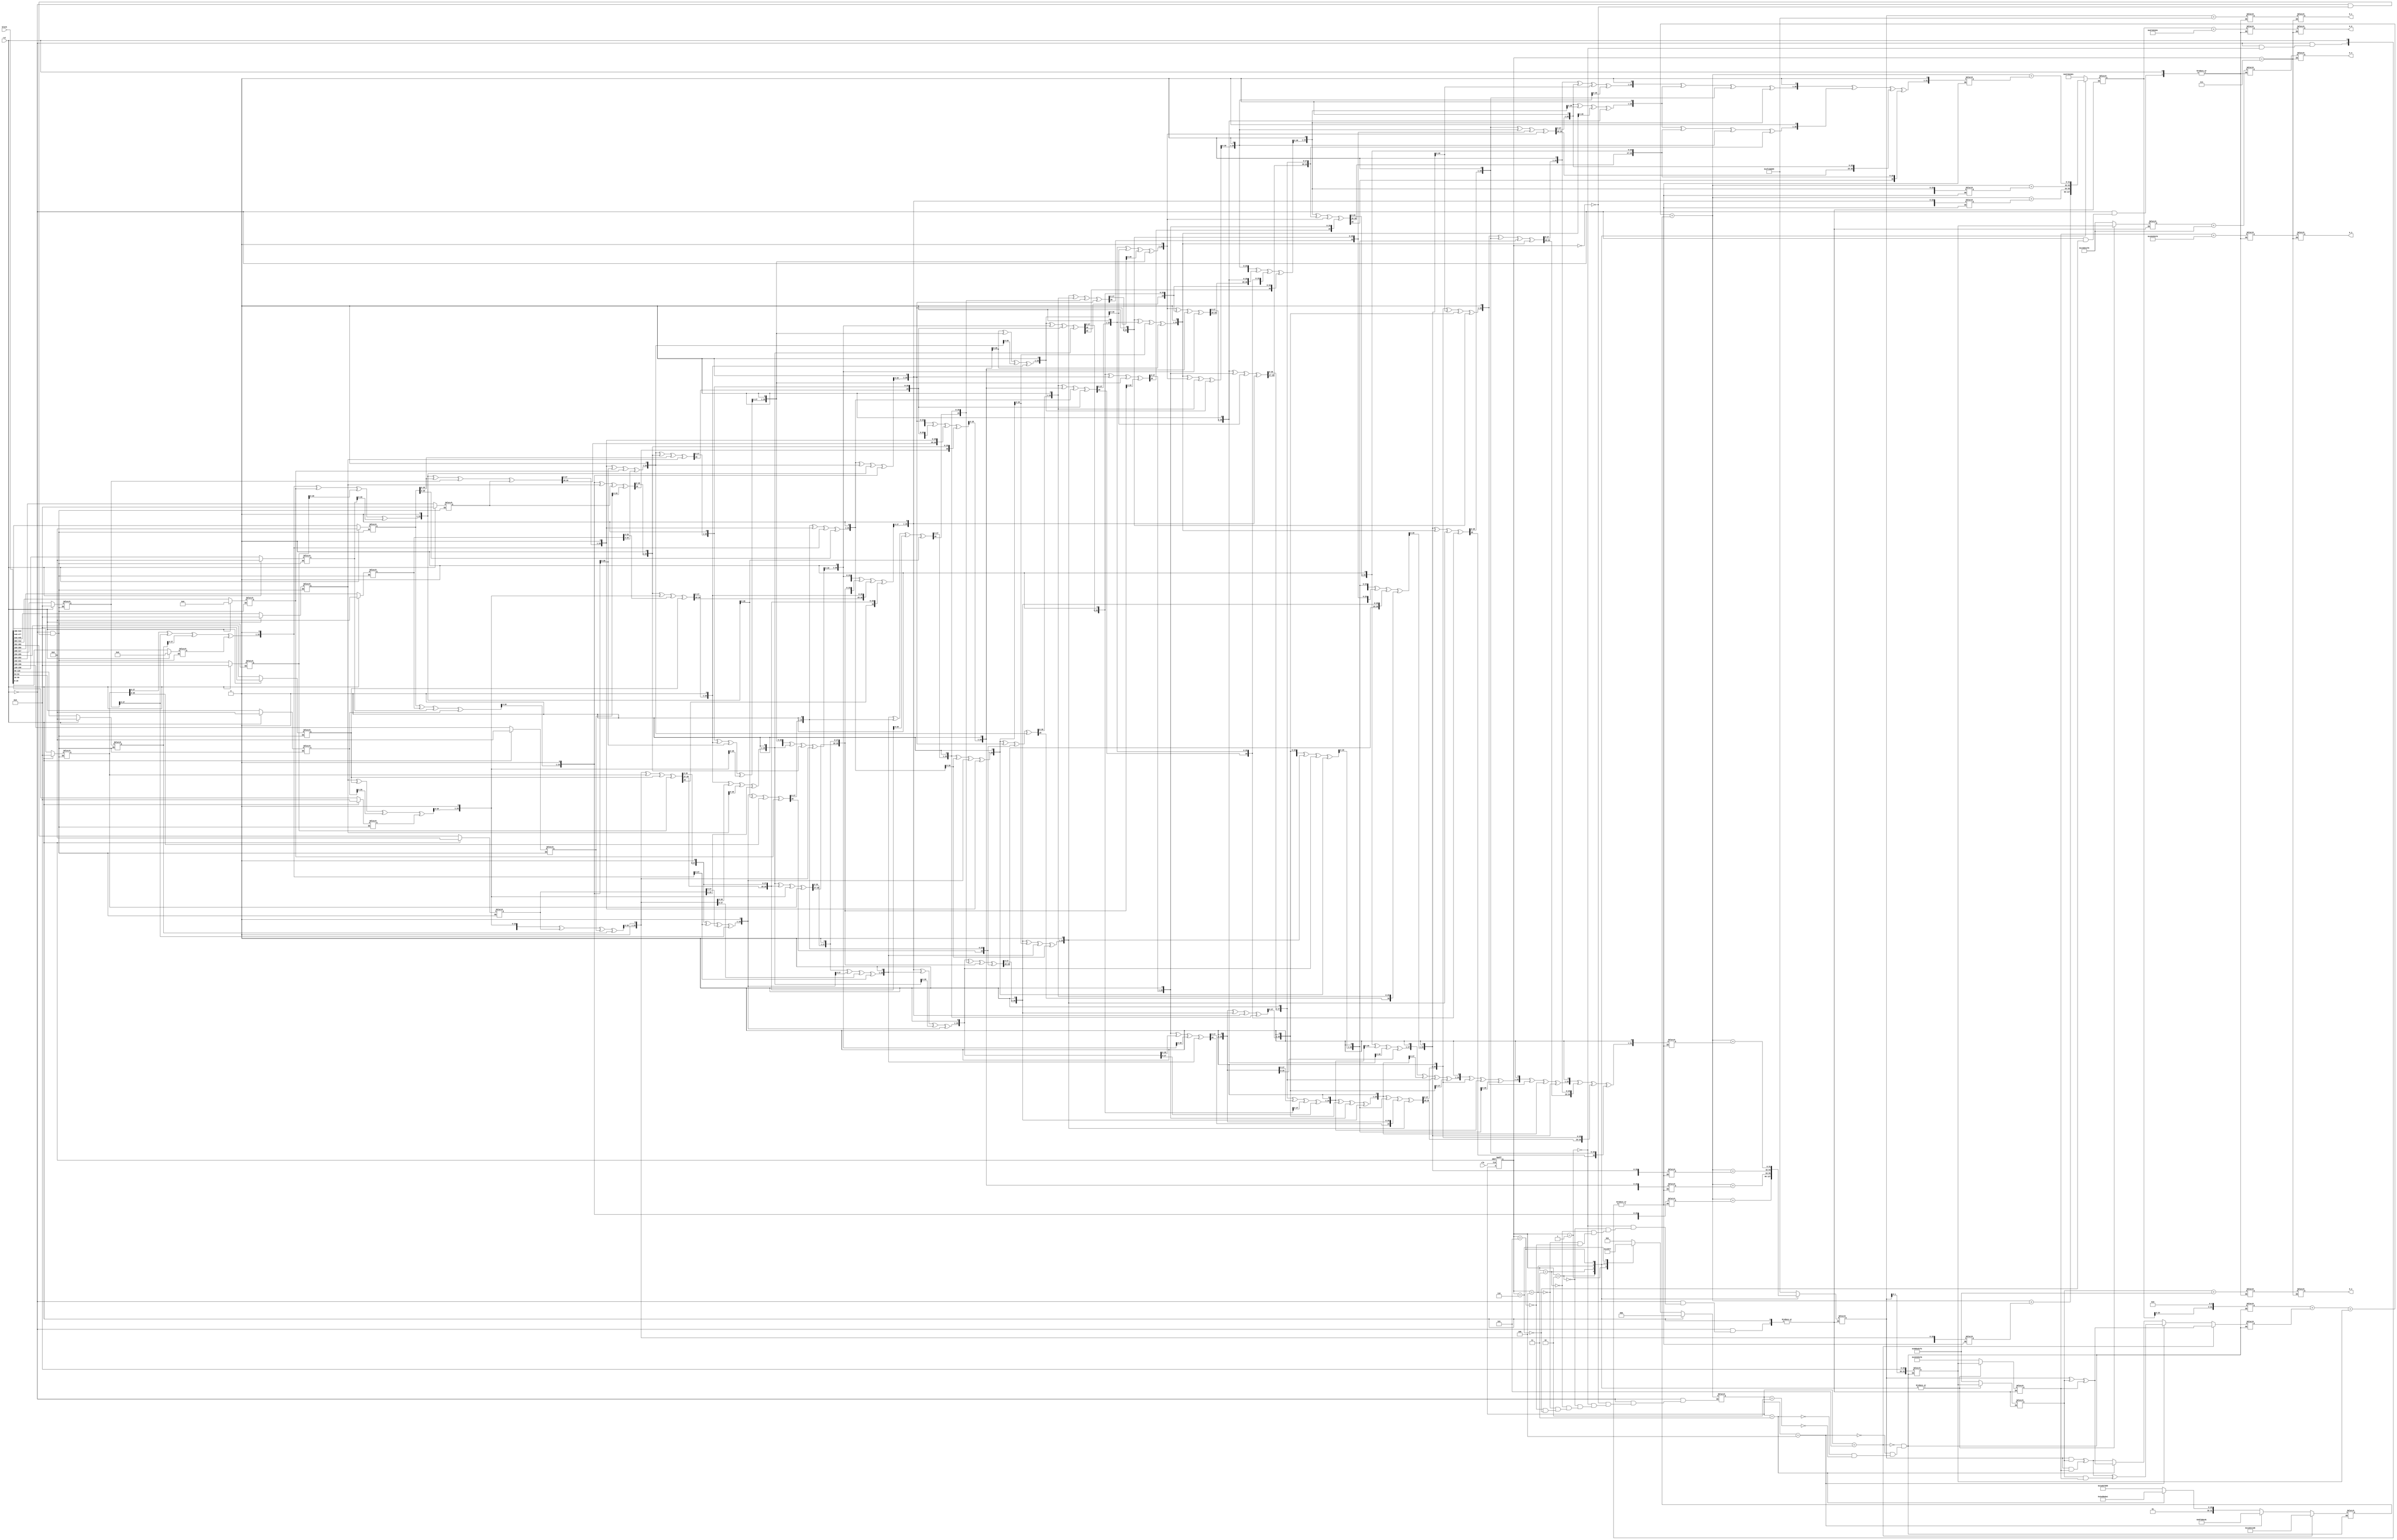
`timescale 1ns / 1ps
//////////////////////////////////////////////////////////////////////////////////
// Company: 
// Engineer: 
// 
// Design Name: 
// Module Name: sha_core
// Project Name: 
// Target Devices: 
// Tool Versions: 
// Description: 
// 
// Dependencies: 
// 
// Revision:
// Revision 0.01 - File Created
// Additional Comments:
// 
//////////////////////////////////////////////////////////////////////////////////


module sha_core(
input clk,rst,
input [511:0] block,
output reg  [31:0] H_0,
output reg [31:0] H_1,
output reg [31:0] H_2,
output reg [31:0] H_3,
output reg [31:0] H_4
    );

reg [2:0] state ;
reg [2:0] next_state ;

reg [31 : 0] w_mem [79 : 0];

    
    //Intial H0 H1 H2 H3 H4
  parameter H0_0 = 32'h67452301;
  parameter H0_1 = 32'hefcdab89;
  parameter H0_2 = 32'h98badcfe;
  parameter H0_3 = 32'h10325476;
  parameter H0_4 = 32'hc3d2e1f0;
  
  //Active registers 
  reg [31 : 0] a, tmp_a;
  reg [31 : 0] b, tmp_b;
  reg [31 : 0] c;
  reg [31 : 0] d;
  reg [31 : 0] e;
  
//H
 reg [31 : 0] H0 ;
 reg [31 : 0] H1;
 reg [31 : 0] H2;
 reg [31 : 0] H3;
 reg [31 : 0] H4;
  
//F  T  K
  reg [31:0] F;
  reg [31:0] T;
  reg [31:0] K;  
  
reg [31 : 0] w_reg [3:0]; 
integer i,j; 
/////////////////////////
 


 ///////////////////////////////////////////////////////////////////////

    always @ (posedge clk or posedge rst) 
    begin: States
    if(rst) begin  
    state <= 0; 
            end
    
    else 
    state<=next_state; 
    
    end 
    //////////////////////////////////////////////////////////
    always@(state, block,rst)
    begin: STATE
       
       if(rst) begin  
       next_state = 0; 
        for (i = 0 ; i < 16 ; i = i + 1)begin
            w_mem[i] = 32'h0; end
            
              next_state<=0; 
                  end
                 
       else begin        
       
    case(state) 
    3'b000: begin //Set W 0-15
      
          w_mem[15] = block[511 : 480];
          w_mem[14] = block[479 : 448];
          w_mem[13] = block[447 : 416];
          w_mem[12] = block[415 : 384];
          w_mem[11] = block[383 : 352];
          w_mem[10] = block[351 : 320];
          w_mem[9] = block[319 : 288];
          w_mem[8] = block[287 : 256];
          w_mem[7] = block[255 : 224];
          w_mem[6] = block[223 : 192];
          w_mem[5] = block[191 : 160];
          w_mem[4] = block[159 : 128];
          w_mem[3] = block[127 : 96];
          w_mem[2] = block[95 : 64];
          w_mem[1] = block[63 : 32];
          w_mem[0] = block[31 : 0];

          next_state = 1; 
              
         end
        
    3'b001:    //Set W 16-79               
        begin: W_schedule
  
        for (i = 16 ; i < 80 ; i = i + 1)begin
            j = i -3; 
          w_reg[0] = w_mem[j];
            j =i - 8; 
          w_reg[1] = w_mem[j];
            j =i - 14; 
          w_reg[2] = w_mem[j];
           j =i - 16; 
           w_reg[3] = w_mem[j]; 
           
           w_mem[i] = {w_reg[0] ^ w_reg[1]^w_reg[2]^w_reg[3]}<<1;     
            end    
            
            a = H0_0;
            b= H0_1; 
            c = H0_2; 
            d = H0_3; 
            e = H0_4; 
            
            next_state = 2;  
            end  
           
            
    3'b010:  begin: Workingvariables_0_t_19
      
        for (i = 0 ; i < 20 ; i = i + 1)begin
         
            T = tmp_a +F + e + K +  w_mem[i];
            e = d; 
            d = c; 
            c = tmp_b; 
            b = a; 
            a = T; 
            
            
            end 
            next_state = 3; 
            end
           
      3'b011:  begin: Workingvariables_20_t_39
        //K = 32'h6ed9eba1;
       // F =( b ^ c ^ d );
       // tmp_a = (a<<5);
       // tmp_b = (b<<30); 
        
        for (i = 20 ; i < 39 ; i = i + 1)begin
            
            T = tmp_a +F + e + K +  w_mem[i];
            e = d; 
            d = c; 
            c = tmp_b; 
            b = a; 
            a = T;
            end 
            next_state = 4; 
            end
      
      3'b100:  begin: Workingvariables_40_t_59

        for (i = 39 ; i < 60 ; i = i + 1)begin
            
            T = tmp_a +F + e + K +  w_mem[i];
            e = d; 
            d = c; 
            c = tmp_b; 
            b = a; 
            a = T;
  
            end 
            next_state = 5; 
            end
   
        3'b101:  begin: Workingvariables_60_t_79
   
        for (i = 60 ; i < 79 ; i = i + 1)begin
            
            T = tmp_a +F + e + K +  w_mem[i];
            e = d; 
            d = c; 
            c = tmp_b; 
            b = a; 
            a = T;
  
            end
             
           next_state = 6; 
            end
      
      3'b110:  begin
      
            H0 = a + H0_0; 
            H1 = b + H0_1; 
            H2 = c + H0_2; 
           H3 = d + H0_3; 
            H4 = e + H0_4; 
               
           
            next_state = 7;   
                    end
      
    
    endcase
    end 
    end
    
    
    
 ///////////////////////////////////////////////////////////////////////

 ///////////////////////////////////////////////////////////////////////
 always@(state) 
 begin 
 if(state == 7)
 begin 
      H_0 = H0 ;
      H_1 = H1 ;
      H_2 = H2 ;
      H_3 = H3 ;
      H_4 = H4;
 
 end 
 
 end
 
 
 ///////////////////////////////////////////////////////////////////////

  always@(next_state)
    begin
    if (next_state == 2) begin
    K = 32'h5a827999 ;
    F =( (b & c) ^ (b & d) );
    tmp_a = (a<<5);
    tmp_b = (b<<30); 
    end
    
    if (next_state ==3)begin 
    K = 32'h6ed9eba1;
    F =( b ^ c ^ d );
    tmp_a = (a<<5);
    tmp_b = (b<<30); 
    end 
      if (next_state ==4)begin 
    K = 32'h8f1bbcdc ;
    F =( (b & c) ^ (b & d) ^ (c & d) );
    tmp_a = (a<<5);
    tmp_b = (b<<30); 
    end  
    
      if (next_state ==5)begin 
    K = 32'hca62c1d6;
    F =( b ^ c ^ d );
    tmp_a = (a<<5);
    tmp_b = (b<<30); 
    end 
   
   
    end
   
  ///////////////////////////////////////////////////////////////////////
  

 
   
endmodule